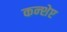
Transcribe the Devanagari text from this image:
कन्शेप्ट